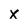
Character: x